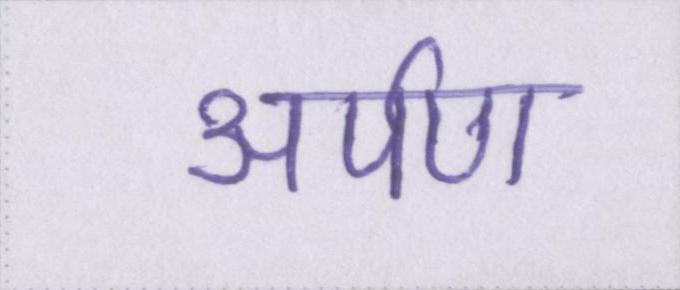
अर्पण